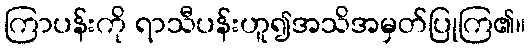
ကြာပန်းကို ရာသီပန်းဟူ၍အသိအမှတ်ပြုကြ၏။